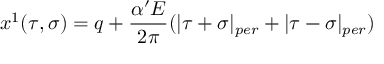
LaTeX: x ^ { 1 } ( \tau , \sigma ) = q + \frac { \alpha ^ { \prime } E } { 2 \pi } ( | \tau + \sigma | _ { p e r } + | \tau - \sigma | _ { p e r } )